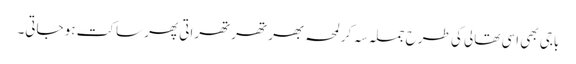
باجی بھی اسی تھالی کی طرح جملہ سہ کر لمحہ بھر تھرتھراتی پھر ساکت ہو جاتی۔